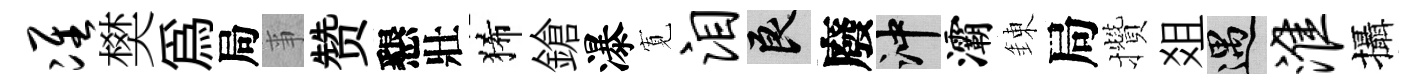
准樊為局亊赞懇壯狶鎗瀑𡩖泪良廢冲灞錬局攢爼遇淮攝